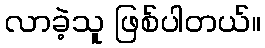
လာခဲ့သူ ဖြစ်ပါတယ်။